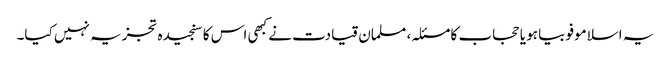
یہ اسلاموفوبیا ہو یا حجاب کا مسئلہ، مسلمان قیادت نے کبھی اس کا سنجیدہ تجزیہ نہیں کیا۔